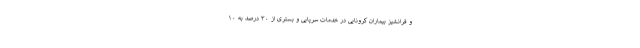
و فرانشیز بیماران کرونایی در خدمات سرپایی و بستری از ۳۰ درصد به ۱۰